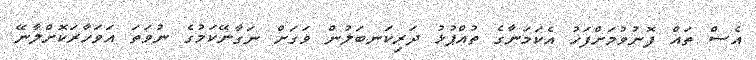
އެސް ތައް ފޮނުވުމަށްފަހު އެކަމަނާގެ ތުއްޕުޅު ދަރިކަނބަލުން ވަގަށް ނަގާނޭކަމުގެ ނުވަތަ އަވަހާރަކޮށްލާނޭ